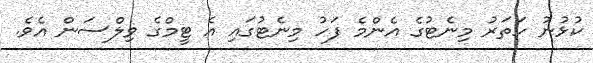
ކުޅުނު ހަތަރު މިނެޓުގެ އެންމެ ފަހު މިނެޓުގައި އެ ޓީމްގެ ވިލްސަން އެވެ.